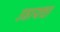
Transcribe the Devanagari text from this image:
उडायचा